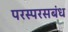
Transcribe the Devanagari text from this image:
परस्परसबंध